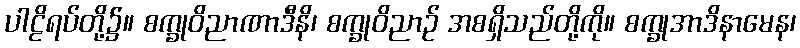
ပါဠိရပ်တို့၌။ စက္ခုဝိညာဏာဒီနိ၊ စက္ခုဝိညာဉ် အစရှိသည်တို့ကို။ စက္ခုအာဒိနာမေန၊